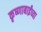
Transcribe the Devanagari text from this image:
कृष्णाबाईंच्या